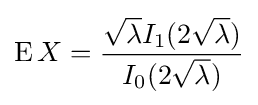
\operatorname {E} X={\frac {{\sqrt {\lambda }}I_{1}(2{\sqrt {\lambda }})}{I_{0}(2{\sqrt {\lambda }})}}